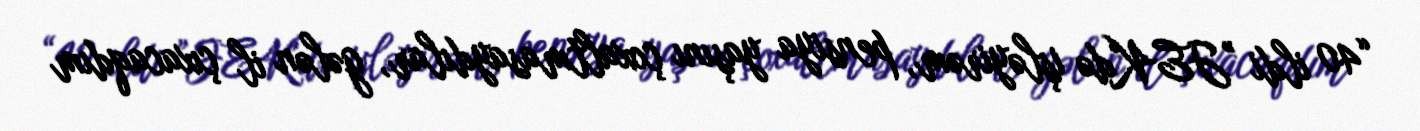
“40 ildi ”JEK"də işləyirəm, pensiya yaşını çoxaltmasaydılar, gələn il çıxacaqdım